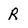
Character: R